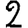
Digit: 2